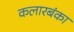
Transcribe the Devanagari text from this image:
कलारबंका